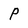
Character: p